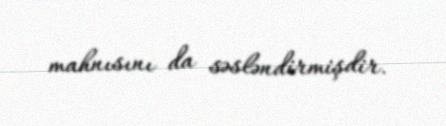
mahnısını da səsləndirmişdir.